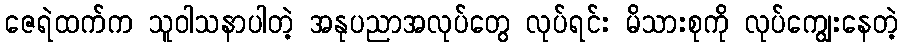
ဇေရဲထက်က သူဝါသနာပါတဲ့ အနုပညာအလုပ်တွေ လုပ်ရင်း မိသားစုကို လုပ်ကျွေးနေတဲ့